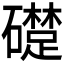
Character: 𥗈